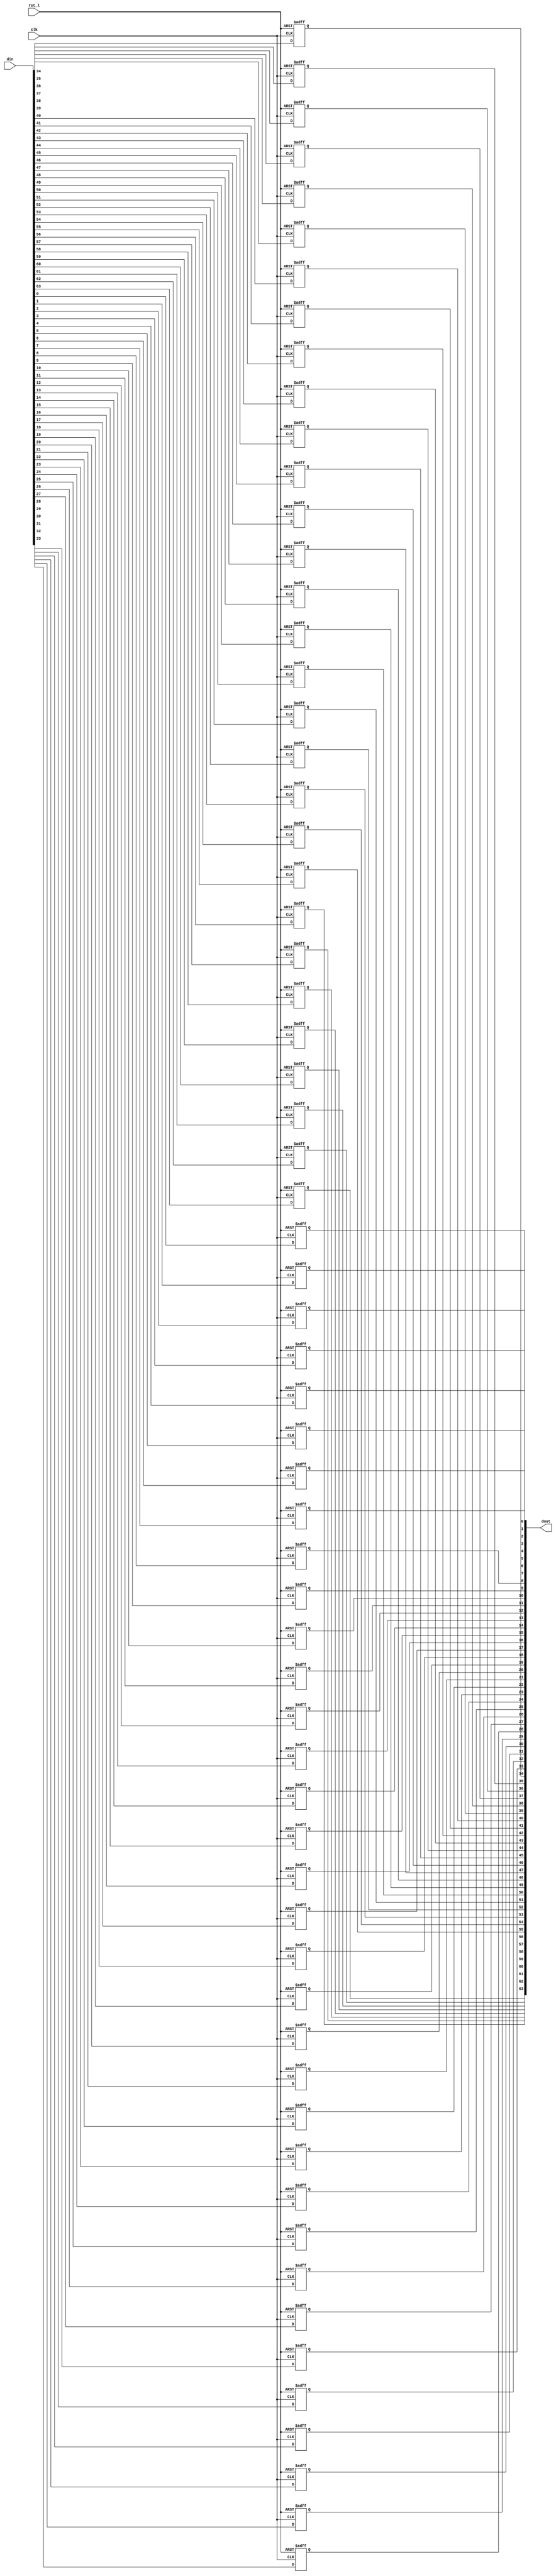
// This program was cloned from: https://github.com/NYU-MLDA/OpenABC
// License: BSD 3-Clause "New" or "Revised" License

module rvdff_WIDTH64
(
  din,
  clk,
  rst_l,
  dout
);

  input [63:0] din;
  output [63:0] dout;
  input clk;
  input rst_l;
  wire N0;
  reg [63:0] dout;

  always @(posedge clk or posedge N0) begin
    if(N0) begin
      dout[63] <= 1'b0;
    end else if(1'b1) begin
      dout[63] <= din[63];
    end
  end


  always @(posedge clk or posedge N0) begin
    if(N0) begin
      dout[62] <= 1'b0;
    end else if(1'b1) begin
      dout[62] <= din[62];
    end
  end


  always @(posedge clk or posedge N0) begin
    if(N0) begin
      dout[61] <= 1'b0;
    end else if(1'b1) begin
      dout[61] <= din[61];
    end
  end


  always @(posedge clk or posedge N0) begin
    if(N0) begin
      dout[60] <= 1'b0;
    end else if(1'b1) begin
      dout[60] <= din[60];
    end
  end


  always @(posedge clk or posedge N0) begin
    if(N0) begin
      dout[59] <= 1'b0;
    end else if(1'b1) begin
      dout[59] <= din[59];
    end
  end


  always @(posedge clk or posedge N0) begin
    if(N0) begin
      dout[58] <= 1'b0;
    end else if(1'b1) begin
      dout[58] <= din[58];
    end
  end


  always @(posedge clk or posedge N0) begin
    if(N0) begin
      dout[57] <= 1'b0;
    end else if(1'b1) begin
      dout[57] <= din[57];
    end
  end


  always @(posedge clk or posedge N0) begin
    if(N0) begin
      dout[56] <= 1'b0;
    end else if(1'b1) begin
      dout[56] <= din[56];
    end
  end


  always @(posedge clk or posedge N0) begin
    if(N0) begin
      dout[55] <= 1'b0;
    end else if(1'b1) begin
      dout[55] <= din[55];
    end
  end


  always @(posedge clk or posedge N0) begin
    if(N0) begin
      dout[54] <= 1'b0;
    end else if(1'b1) begin
      dout[54] <= din[54];
    end
  end


  always @(posedge clk or posedge N0) begin
    if(N0) begin
      dout[53] <= 1'b0;
    end else if(1'b1) begin
      dout[53] <= din[53];
    end
  end


  always @(posedge clk or posedge N0) begin
    if(N0) begin
      dout[52] <= 1'b0;
    end else if(1'b1) begin
      dout[52] <= din[52];
    end
  end


  always @(posedge clk or posedge N0) begin
    if(N0) begin
      dout[51] <= 1'b0;
    end else if(1'b1) begin
      dout[51] <= din[51];
    end
  end


  always @(posedge clk or posedge N0) begin
    if(N0) begin
      dout[50] <= 1'b0;
    end else if(1'b1) begin
      dout[50] <= din[50];
    end
  end


  always @(posedge clk or posedge N0) begin
    if(N0) begin
      dout[49] <= 1'b0;
    end else if(1'b1) begin
      dout[49] <= din[49];
    end
  end


  always @(posedge clk or posedge N0) begin
    if(N0) begin
      dout[48] <= 1'b0;
    end else if(1'b1) begin
      dout[48] <= din[48];
    end
  end


  always @(posedge clk or posedge N0) begin
    if(N0) begin
      dout[47] <= 1'b0;
    end else if(1'b1) begin
      dout[47] <= din[47];
    end
  end


  always @(posedge clk or posedge N0) begin
    if(N0) begin
      dout[46] <= 1'b0;
    end else if(1'b1) begin
      dout[46] <= din[46];
    end
  end


  always @(posedge clk or posedge N0) begin
    if(N0) begin
      dout[45] <= 1'b0;
    end else if(1'b1) begin
      dout[45] <= din[45];
    end
  end


  always @(posedge clk or posedge N0) begin
    if(N0) begin
      dout[44] <= 1'b0;
    end else if(1'b1) begin
      dout[44] <= din[44];
    end
  end


  always @(posedge clk or posedge N0) begin
    if(N0) begin
      dout[43] <= 1'b0;
    end else if(1'b1) begin
      dout[43] <= din[43];
    end
  end


  always @(posedge clk or posedge N0) begin
    if(N0) begin
      dout[42] <= 1'b0;
    end else if(1'b1) begin
      dout[42] <= din[42];
    end
  end


  always @(posedge clk or posedge N0) begin
    if(N0) begin
      dout[41] <= 1'b0;
    end else if(1'b1) begin
      dout[41] <= din[41];
    end
  end


  always @(posedge clk or posedge N0) begin
    if(N0) begin
      dout[40] <= 1'b0;
    end else if(1'b1) begin
      dout[40] <= din[40];
    end
  end


  always @(posedge clk or posedge N0) begin
    if(N0) begin
      dout[39] <= 1'b0;
    end else if(1'b1) begin
      dout[39] <= din[39];
    end
  end


  always @(posedge clk or posedge N0) begin
    if(N0) begin
      dout[38] <= 1'b0;
    end else if(1'b1) begin
      dout[38] <= din[38];
    end
  end


  always @(posedge clk or posedge N0) begin
    if(N0) begin
      dout[37] <= 1'b0;
    end else if(1'b1) begin
      dout[37] <= din[37];
    end
  end


  always @(posedge clk or posedge N0) begin
    if(N0) begin
      dout[36] <= 1'b0;
    end else if(1'b1) begin
      dout[36] <= din[36];
    end
  end


  always @(posedge clk or posedge N0) begin
    if(N0) begin
      dout[35] <= 1'b0;
    end else if(1'b1) begin
      dout[35] <= din[35];
    end
  end


  always @(posedge clk or posedge N0) begin
    if(N0) begin
      dout[34] <= 1'b0;
    end else if(1'b1) begin
      dout[34] <= din[34];
    end
  end


  always @(posedge clk or posedge N0) begin
    if(N0) begin
      dout[33] <= 1'b0;
    end else if(1'b1) begin
      dout[33] <= din[33];
    end
  end


  always @(posedge clk or posedge N0) begin
    if(N0) begin
      dout[32] <= 1'b0;
    end else if(1'b1) begin
      dout[32] <= din[32];
    end
  end


  always @(posedge clk or posedge N0) begin
    if(N0) begin
      dout[31] <= 1'b0;
    end else if(1'b1) begin
      dout[31] <= din[31];
    end
  end


  always @(posedge clk or posedge N0) begin
    if(N0) begin
      dout[30] <= 1'b0;
    end else if(1'b1) begin
      dout[30] <= din[30];
    end
  end


  always @(posedge clk or posedge N0) begin
    if(N0) begin
      dout[29] <= 1'b0;
    end else if(1'b1) begin
      dout[29] <= din[29];
    end
  end


  always @(posedge clk or posedge N0) begin
    if(N0) begin
      dout[28] <= 1'b0;
    end else if(1'b1) begin
      dout[28] <= din[28];
    end
  end


  always @(posedge clk or posedge N0) begin
    if(N0) begin
      dout[27] <= 1'b0;
    end else if(1'b1) begin
      dout[27] <= din[27];
    end
  end


  always @(posedge clk or posedge N0) begin
    if(N0) begin
      dout[26] <= 1'b0;
    end else if(1'b1) begin
      dout[26] <= din[26];
    end
  end


  always @(posedge clk or posedge N0) begin
    if(N0) begin
      dout[25] <= 1'b0;
    end else if(1'b1) begin
      dout[25] <= din[25];
    end
  end


  always @(posedge clk or posedge N0) begin
    if(N0) begin
      dout[24] <= 1'b0;
    end else if(1'b1) begin
      dout[24] <= din[24];
    end
  end


  always @(posedge clk or posedge N0) begin
    if(N0) begin
      dout[23] <= 1'b0;
    end else if(1'b1) begin
      dout[23] <= din[23];
    end
  end


  always @(posedge clk or posedge N0) begin
    if(N0) begin
      dout[22] <= 1'b0;
    end else if(1'b1) begin
      dout[22] <= din[22];
    end
  end


  always @(posedge clk or posedge N0) begin
    if(N0) begin
      dout[21] <= 1'b0;
    end else if(1'b1) begin
      dout[21] <= din[21];
    end
  end


  always @(posedge clk or posedge N0) begin
    if(N0) begin
      dout[20] <= 1'b0;
    end else if(1'b1) begin
      dout[20] <= din[20];
    end
  end


  always @(posedge clk or posedge N0) begin
    if(N0) begin
      dout[19] <= 1'b0;
    end else if(1'b1) begin
      dout[19] <= din[19];
    end
  end


  always @(posedge clk or posedge N0) begin
    if(N0) begin
      dout[18] <= 1'b0;
    end else if(1'b1) begin
      dout[18] <= din[18];
    end
  end


  always @(posedge clk or posedge N0) begin
    if(N0) begin
      dout[17] <= 1'b0;
    end else if(1'b1) begin
      dout[17] <= din[17];
    end
  end


  always @(posedge clk or posedge N0) begin
    if(N0) begin
      dout[16] <= 1'b0;
    end else if(1'b1) begin
      dout[16] <= din[16];
    end
  end


  always @(posedge clk or posedge N0) begin
    if(N0) begin
      dout[15] <= 1'b0;
    end else if(1'b1) begin
      dout[15] <= din[15];
    end
  end


  always @(posedge clk or posedge N0) begin
    if(N0) begin
      dout[14] <= 1'b0;
    end else if(1'b1) begin
      dout[14] <= din[14];
    end
  end


  always @(posedge clk or posedge N0) begin
    if(N0) begin
      dout[13] <= 1'b0;
    end else if(1'b1) begin
      dout[13] <= din[13];
    end
  end


  always @(posedge clk or posedge N0) begin
    if(N0) begin
      dout[12] <= 1'b0;
    end else if(1'b1) begin
      dout[12] <= din[12];
    end
  end


  always @(posedge clk or posedge N0) begin
    if(N0) begin
      dout[11] <= 1'b0;
    end else if(1'b1) begin
      dout[11] <= din[11];
    end
  end


  always @(posedge clk or posedge N0) begin
    if(N0) begin
      dout[10] <= 1'b0;
    end else if(1'b1) begin
      dout[10] <= din[10];
    end
  end


  always @(posedge clk or posedge N0) begin
    if(N0) begin
      dout[9] <= 1'b0;
    end else if(1'b1) begin
      dout[9] <= din[9];
    end
  end


  always @(posedge clk or posedge N0) begin
    if(N0) begin
      dout[8] <= 1'b0;
    end else if(1'b1) begin
      dout[8] <= din[8];
    end
  end


  always @(posedge clk or posedge N0) begin
    if(N0) begin
      dout[7] <= 1'b0;
    end else if(1'b1) begin
      dout[7] <= din[7];
    end
  end


  always @(posedge clk or posedge N0) begin
    if(N0) begin
      dout[6] <= 1'b0;
    end else if(1'b1) begin
      dout[6] <= din[6];
    end
  end


  always @(posedge clk or posedge N0) begin
    if(N0) begin
      dout[5] <= 1'b0;
    end else if(1'b1) begin
      dout[5] <= din[5];
    end
  end


  always @(posedge clk or posedge N0) begin
    if(N0) begin
      dout[4] <= 1'b0;
    end else if(1'b1) begin
      dout[4] <= din[4];
    end
  end


  always @(posedge clk or posedge N0) begin
    if(N0) begin
      dout[3] <= 1'b0;
    end else if(1'b1) begin
      dout[3] <= din[3];
    end
  end


  always @(posedge clk or posedge N0) begin
    if(N0) begin
      dout[2] <= 1'b0;
    end else if(1'b1) begin
      dout[2] <= din[2];
    end
  end


  always @(posedge clk or posedge N0) begin
    if(N0) begin
      dout[1] <= 1'b0;
    end else if(1'b1) begin
      dout[1] <= din[1];
    end
  end


  always @(posedge clk or posedge N0) begin
    if(N0) begin
      dout[0] <= 1'b0;
    end else if(1'b1) begin
      dout[0] <= din[0];
    end
  end

  assign N0 = ~rst_l;

endmodule